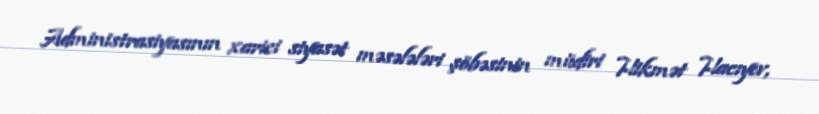
Administrasiyasının xarici siyasət məsələləri şöbəsinin müdiri Hikmət Hacıyev,